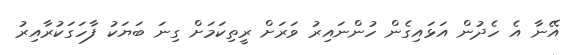
އޭނާ އެ ހެދުން އަޅައިގެން ހުންނައިރު ވަރަށް ރީތިކަމަށް ގިނަ ބަޔަކު ފާހަގަކުރާއިރު